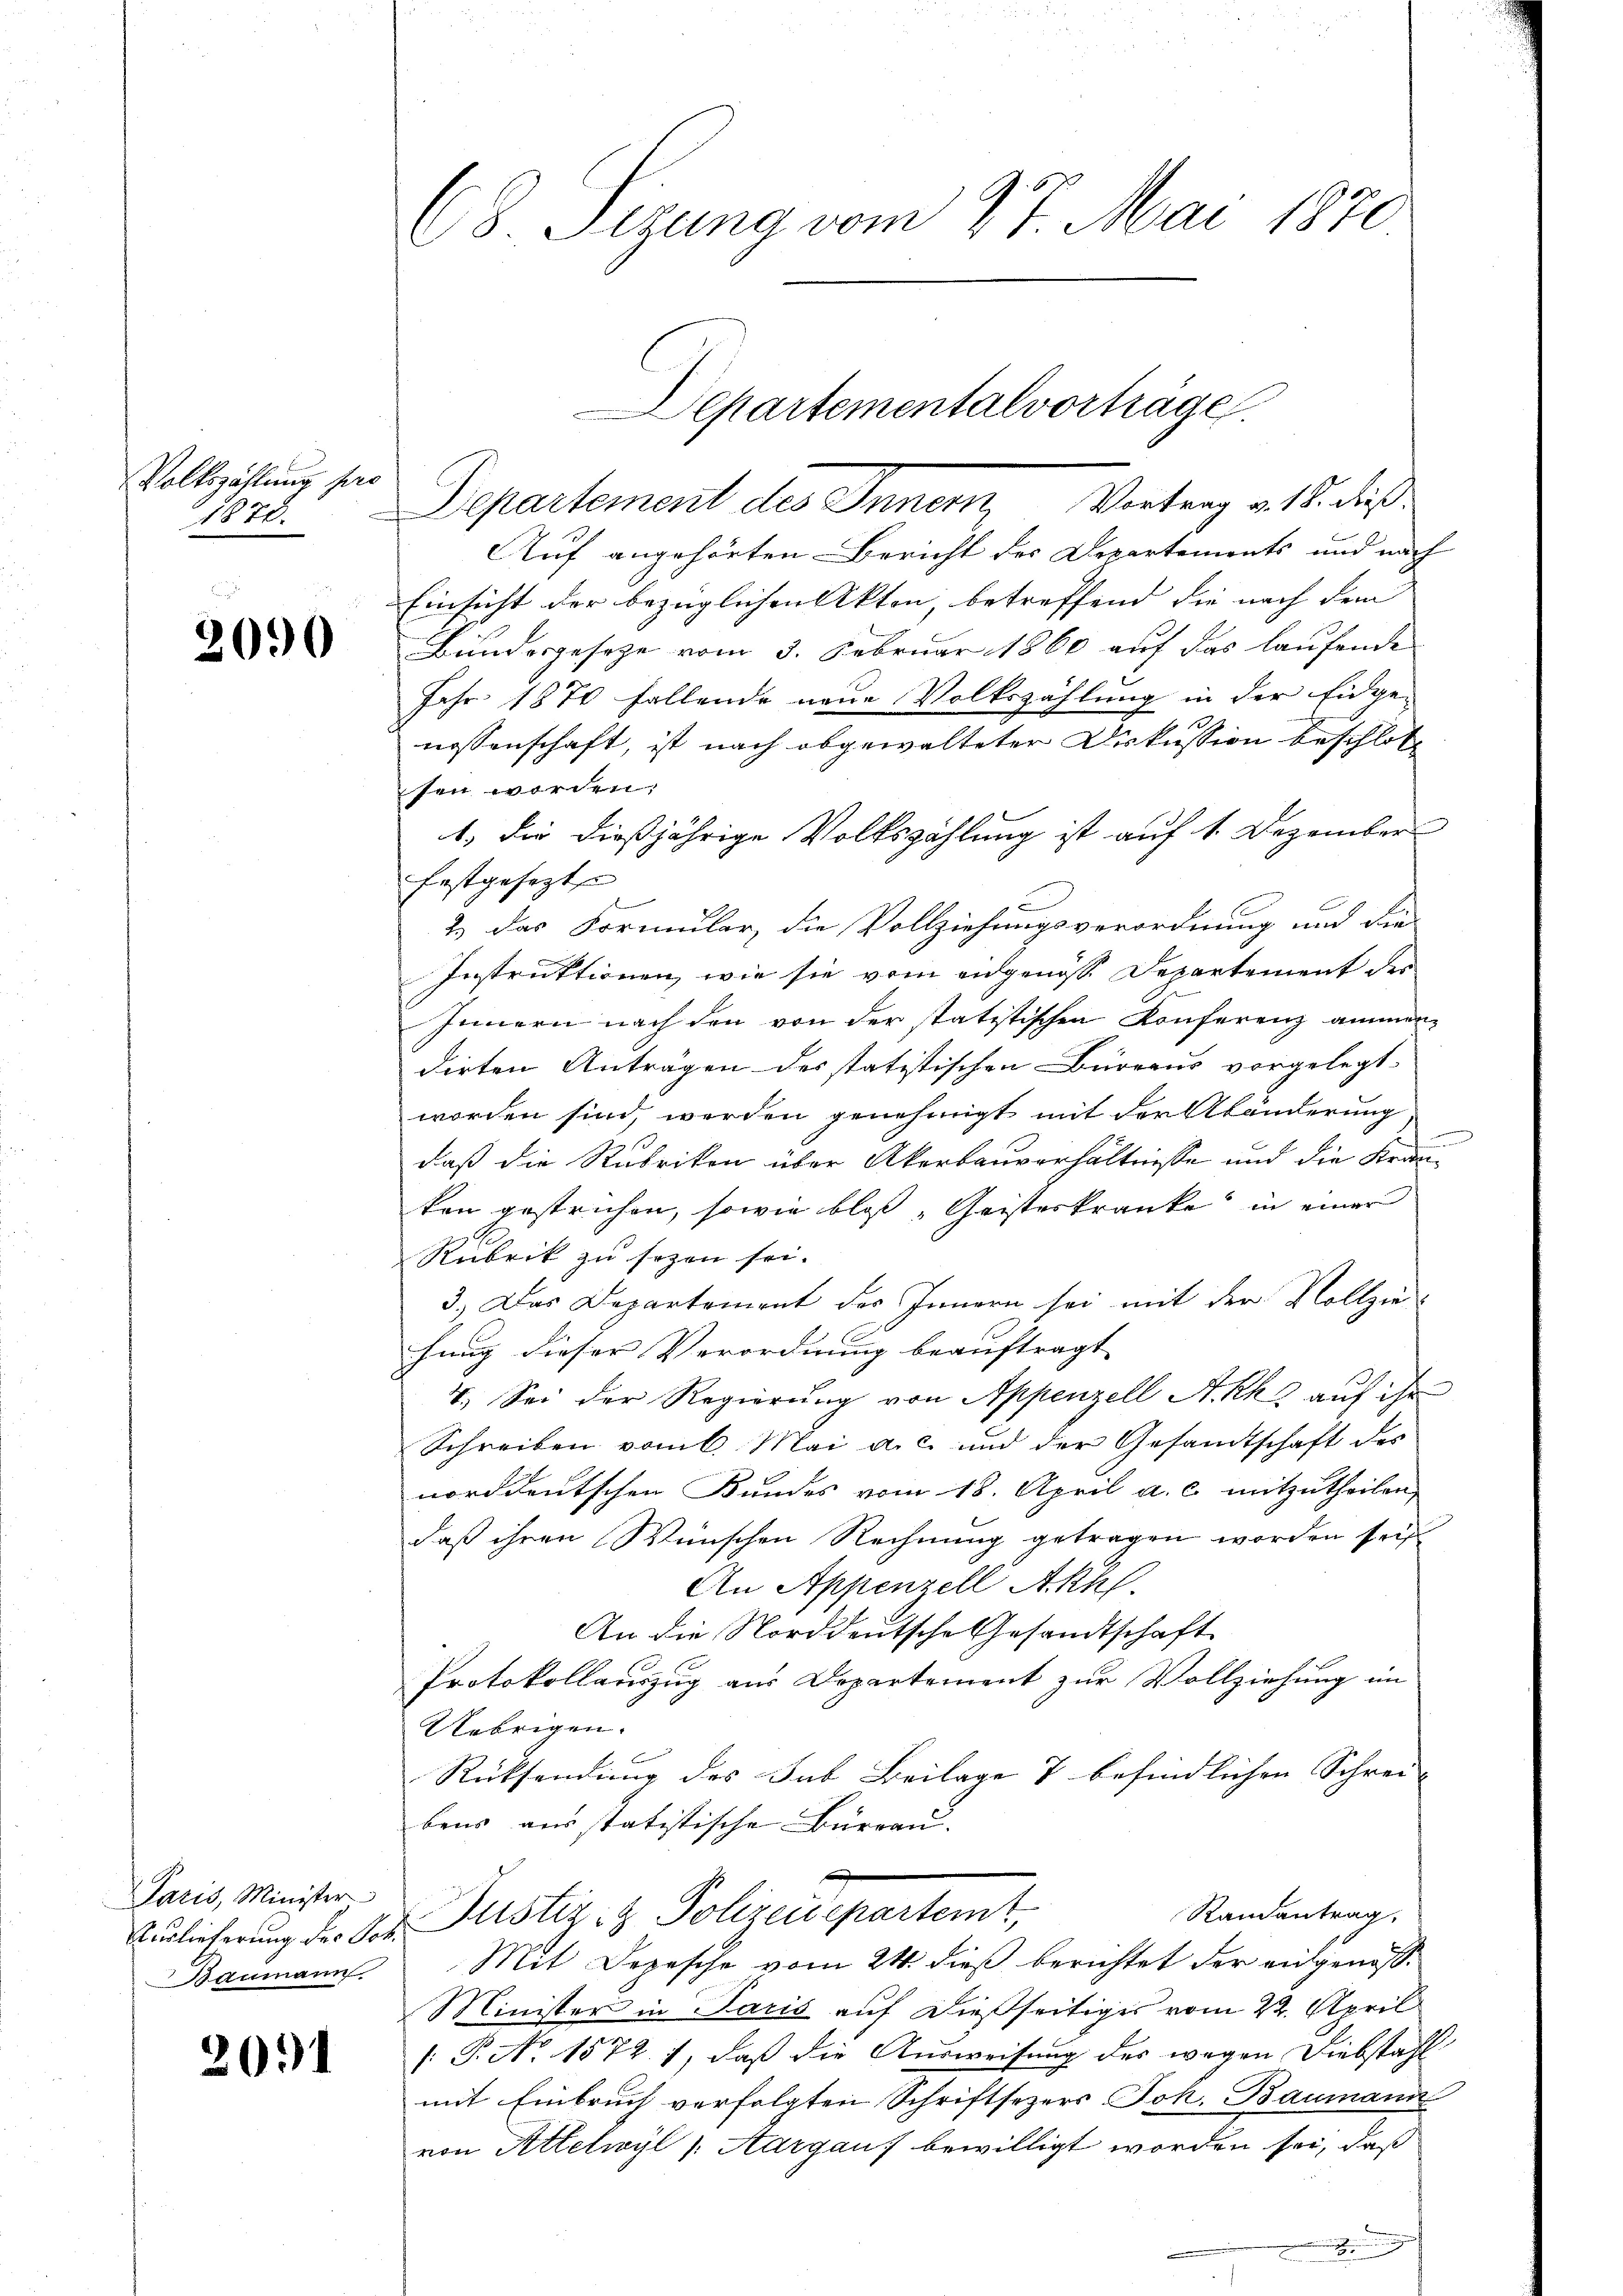
Volkszählung pro
1878.

2090

Paris, Minister
Auslieferung des Vor
anmann

2091

C8. Sizung vom 27. Mai 1871

Departementalvorträge

Departement des Inner Vertrag als dies
Auf angehörten Bericht der Departements und nach
Einsicht der bezüglichen Akten, betreffend die nach dem |
Bundesgesetze vom 3. Februar 1860 auf das laufende
Jahr 1871 fallende neue Volkszählung in der Eidge-
nossenschaft, ist nach abgewalteter Diskussion beschloß
sen worden:
1.) Die dießjährige Volkszählung ist auf 1. Dezember
festgesezt
2.) Das Formular, die Vollziehungsverordnung und die
Instruktionen, wie sie vom eidgenösse Departement der
Innern nach den von der statistischen Konferenz ammendirten Anträgen des statistischen Büreaus vorgelegt.
worden sind, werden genehmigt mit der Abänderung
daß die Rubrikon über Akerbauverhältnisse und die Krauken gestrichen, sowie bloß "Geisteskranke in einer
Rubrik zu sezen sei.
3.) Das Departement des Innern sei mit der Vollzie
hung dieser Verordnung beauftragt. |
4. Sei der Regierung von Appenzell A.-Rh. auf ihr
Schreiben vom 6. Mai a. c. und der Gesandtschaft des
norddeutschen Bundes vom 18. April a. c. mitzutheilen,
daß ihren Wünschen Rechnung getragen worden sei
An Appenzell Akk.
An die Norddeutsche Gesandtschaft
Protokollauszug aus Departement zur Vollziehung im
Uebrigen.
Rücksendung des Sub Beilage & befindlichen Schrei- |
bens ausstatistische Bürrau.
Randantrag.
Justiz & Polizeuepartemt,
Mit Depesche vom 24. dieß berichtet der angenosse
Minister in Paris auf dießseitiges vom 22. April
: P. No 1572. 1, daß die Ausweisung des wegen Diebstahl
mit Einbruch verfolgten Schriftsezers Joh. Baumann
von Altelwyl (Aargauf bewilligt worden sei, daß